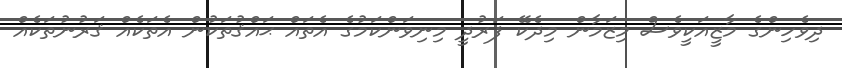
ދިވެހިންގެ މާޒީއަކީވެސް މިޒަމާން މިދެކޭ ފަރުދީ މިނިވަންކަމުގެ އެތައް ޙައްޤުތަކުން އެތަކެއް ޤަރުނުތަކެއް